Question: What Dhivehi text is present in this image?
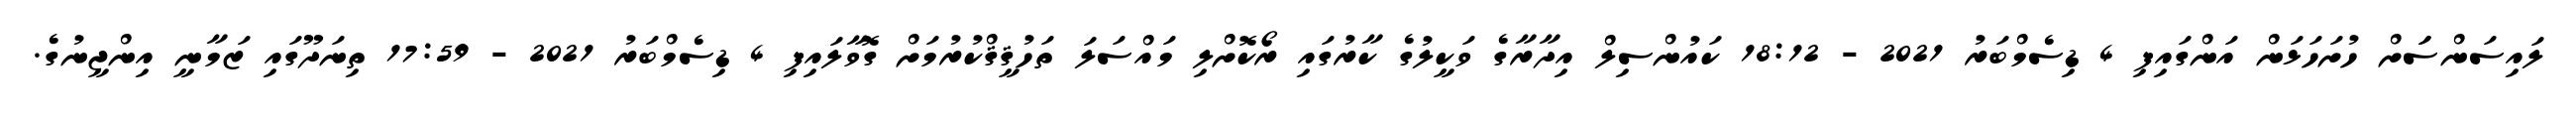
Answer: ލައިސަންސަަށް ހުށަހަޅަން އަންގައިފި 4 ޑިސެމްބަރު 2021 - 18:12 ކައުންސިލް އިދާރާގެ ވަކީލުގެ ކާރުގައި ރޯކޮށްލި މައްސަލަ ތަހުޤީޤްކުރުމަށް ގޮވާލައިފި 4 ޑިސެމްބަރު 2021 - 17:59 ތިނަދޫގައި ޒަމާނީ އިންޖީނުގެ.